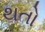
થતો